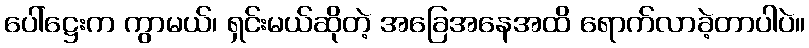
ပေါ်ဋ္ဌေးက ကွာမယ်၊ ရှင်းမယ်ဆိုတဲ့ အခြေအနေအထိ ရောက်လာခဲ့တာပါပဲ။